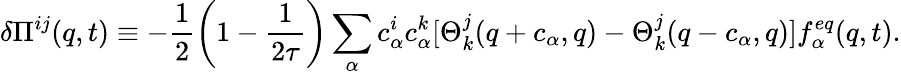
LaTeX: \delta{\Pi}^{ij}({q},t)\equiv-\frac{1}{2}\left(1-\frac{1}{2\tau}\right)\sum_{\alpha}{c}_{\alpha}^{i}{c}_{\alpha}^{k}[\Theta_{k}^{j}({q}+{c}_{\alpha},{q})-\Theta_{k}^{j}({q}-{c}_{\alpha},{q})]f_{\alpha}^{eq}({q},t).